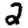
Digit: 2